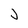
Character: J